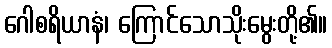
ဂေါစရိယာနံ၊ ကြောင်သောသိုးမွေးတို့၏။